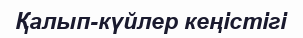
Қалып-күйлер кеңістігі